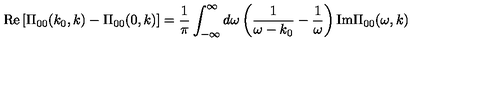
\mathrm { R e } \left[ \Pi _ { 0 0 } ( k _ { 0 } , k ) - \Pi _ { 0 0 } ( 0 , k ) \right] = { \frac { 1 } { \pi } } \int _ { - \infty } ^ { \infty } d \omega \left( { \frac { 1 } { \omega - k _ { 0 } } } - { \frac { 1 } { \omega } } \right) \mathrm { I m } \Pi _ { 0 0 } ( \omega , k )